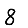
Digit: 8